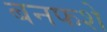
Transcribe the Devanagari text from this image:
बनफशे